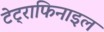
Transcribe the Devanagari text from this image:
टेट्राफिनाइल